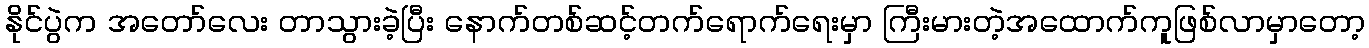
နိုင်ပွဲက အတော်လေး တာသွားခဲ့ပြီး နောက်တစ်ဆင့်တက်ရောက်ရေးမှာ ကြီးမားတဲ့အထောက်ကူဖြစ်လာမှာတော့